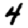
Digit: 4